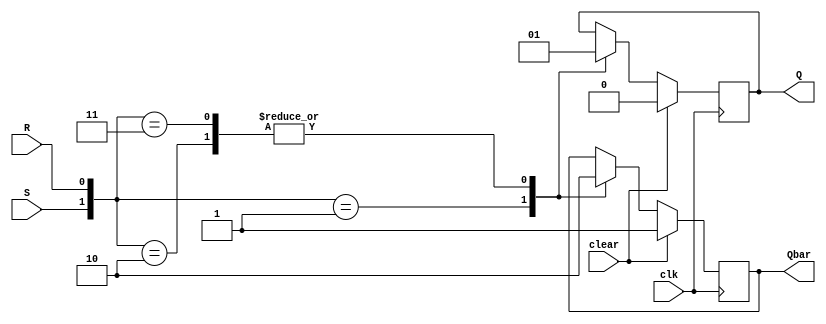
// Egna Praneeth Gummana
// 2018A7PS0284P

module RSff(Q, Qbar, S, R, clk, clear);
	output Q, Qbar;
	input S, R, clk, clear;
	reg Q, Qbar;
	always@(posedge clk)begin
		if(clear) begin
		Q <= 0;
		Qbar <= 1;
		end
		else begin
			case ({S, R})
				2'b01: begin
						Q <= 0;
						Qbar <= 1;
						end
				2'b10: begin 
						Q <= 1;
						Qbar <= 0;
					end
				2'b11:begin 
						Q <= 1;
						Qbar <= 0;
					end
			endcase
		end
		
	end
endmodule

module Dff ( Q, Qbar, D, clk, clear);
	input D, clk, clear;
	output Q, Qbar;
	wire Dnot;
	
	not n1 (Dnot, D);
	RSff r1 (Q, Qbar, D, Dnot, clk, clear);
endmodule

module Ripple_Counter(Q, clk, clear);
	input clear, clk;
	output [3:0] Q;
	wire q0, q1, q2, q3;
	
	Dff d1 (Q[0], q0, q0, clk, clear); 
	Dff d2 (Q[1], q1, q1, q0, clear);
	Dff d3 (Q[2] , q2, q2, q1, clear);
	Dff d4 (Q[3], q3, q3, q2, clear);
	
endmodule


module MEM1(out, Addr);
	input [2:0] Addr;
	output [8:0] out;
	reg [7:0] mem [8:0] ;
	reg [8:0] out;
	
	initial
	begin
	mem[0] = 9'b0001_1111_1;
	mem[1] = 9'b0011_0001_1;
	mem[2] = 9'b0101_0011_1;
	mem[3] = 9'b0111_0101_1;
	mem[4] = 9'b1001_0111_1;
	mem[5] = 9'b1011_1001_1;
	mem[6] = 9'b1101_1011_1;
	mem[7] = 9'b1111_1101_1;
	end
	
	always@(Addr)
	begin
	out = mem[Addr]; 
	end
	
	endmodule
	
module MEM2(out, Addr);
	input [2:0] Addr;
	output [8:0] out;
	reg [7:0] mem [8:0] ;
	reg [8:0] out;
	
	initial
	begin
	mem[0] = 9'b0000_0000_0;
	mem[1] = 9'b0010_0010_0;
	mem[2] = 9'b0100_0100_0;
	mem[3] = 9'b0110_0110_0;
	mem[4] = 9'b1000_1000_0;
	mem[5] = 9'b1010_1010_0;
	mem[6] = 9'b1100_1100_0;
	mem[7] = 9'b1110_1110_0;
	end
	
	always@(Addr)
	begin
	out = mem[Addr]; 
	end
	
	endmodule



module MUX2To1(out, in1, in2, sel);
	output out;
	input in1, in2, sel;
	assign out = sel ? in2 : in1;
endmodule

module MUX16to8( out, in1, in2, sel);
	output [7:0] out;
	input [7:0] in1, in2;
	input sel;
	genvar j;
	generate for (j = 0 ; j < 8; j = j + 1) begin: mux_loop
	MUX2To1 m1(out[j], in1[j], in2[j], sel);
	end
	endgenerate
endmodule

module Fetch_Data(Data,P,Q);
	output [7:0] Data;
	output P;
	input [3:0] Q;
	wire [7:0] in1, in2;
	wire p1, p2;
	
	MEM1 m1 ({in1, p1}, Q[2:0]);
	MEM2 m2 ({in2, p2}, Q[2:0]);
	
	MUX16to8 mux1(Data, in1, in2, Q[3]);
	MUX2To1 mux2(P, p1, p2, Q[3]);
endmodule

module Parity_Checker(Data, P,  out);
	output out;
	input [7:0] Data;
	input P;
	wire dparity;
	
	assign dparity = Data[0] ^ Data[1] ^ Data[2] ^ Data[3] ^ Data[4] ^ Data[5] ^ Data[6] ^ Data[7];
	assign out = (dparity == P);
endmodule
	
	
module Design(out, clk, clear);
	output out;
	input clk, clear;
	wire [3:0] Q;
	wire [7:0] Data;
	wire P;
	
	Ripple_Counter r1 (Q, clk, clear);
	Fetch_Data  f1 (Data,P,Q);
	Parity_Checker p1 (Data, P , out);
	
endmodule
	
module TestBench;
	reg clk, clear;
	wire out;
	
	Design d1 (out, clk, clear);
	
	always 
	#1 clk = ~clk;
	
	initial 
	$monitor ($time, " clk = %b, clear = %b, out = %b ", clk, clear, out);
	initial begin
	$dumpfile("file.vcd");
	$dumpvars;
	clk = 1'b1; clear = 1'b1;
	#5 clear = 1'b0;
	#100 $finish;
	end
endmodule